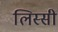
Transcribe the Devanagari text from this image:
लिस्सी